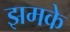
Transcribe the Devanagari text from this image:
झमके